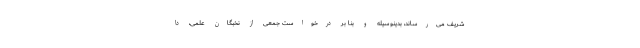
شریف می‌رساند، بدینوسیله و بنا بر درخواست جمعی از نخبگان علمی، دا